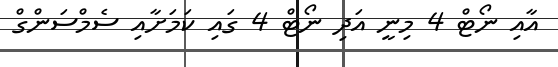
އާއި ނޯޓް 4 މިނީ އަދި ނޯޓް 4 ގައި ކަމަށާއި ސެމްސަންގް